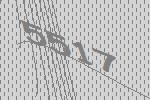
5517